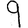
Digit: 9